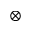
\otimes